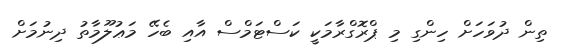
ތިން ދުވަހަށް ހިންގި މި ޕްރޮގްރާމަކީ ކަސްޓަމްސް އާއި ބެހޭ މަޢުލޫމާތު ދިނުމަށް